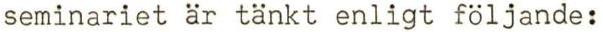
seminariet är tänkt enligt följande: